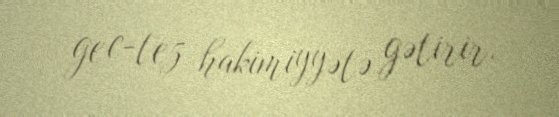
gec-tez hakimiyyətə gətirir.